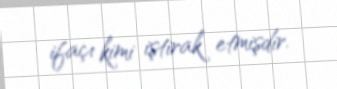
ifaçı kimi iştirak etmişdir.